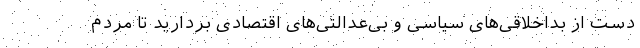
دست از بداخلاقی‌های سیاسی و بی‌عدالتی‌های اقتصادی بردارید تا مردم